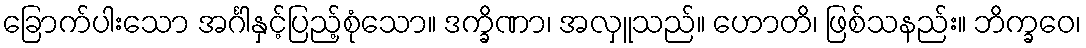
ခြောက်ပါးသော အင်္ဂါနှင့်ပြည့်စုံသော။ ဒက္ခိဏာ၊ အလှူသည်။ ဟောတိ၊ ဖြစ်သနည်း။ ဘိက္ခဝေ၊